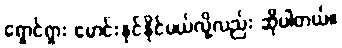
ရှောင်ရှား မောင်းနှင်နိုင်မယ်လို့လည်း ဆိုပါတယ်။